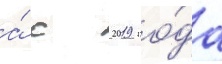
а́ с 2019 го́да